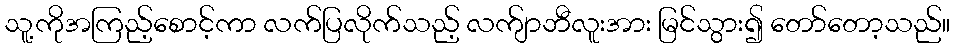
သူ့ကိုအကြည့်စောင့်ကာ လက်ပြလိုက်သည့် လက်ျာဘီလူးအား မြင်သွား၍ တော်တော့သည်။